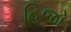
હિજો